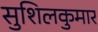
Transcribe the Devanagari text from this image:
सुशिलकुमार